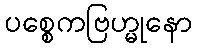
ပစ္စေကဗြဟ္မုနော